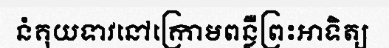
នំគុយទាវនៅក្រោមពន្លឺព្រះអាទិត្យ